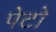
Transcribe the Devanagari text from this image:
पेटो